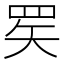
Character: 𬙜